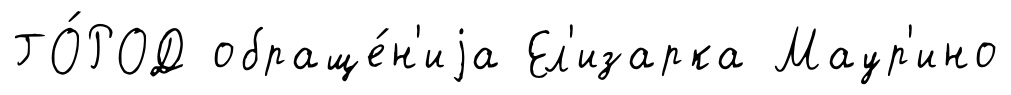
ГО́РОД обраще́н'иjа Ел'изарка Маур'ино